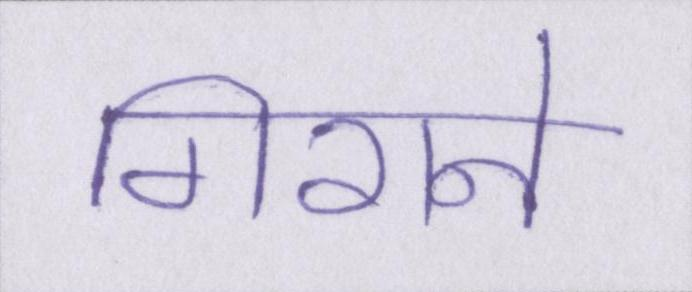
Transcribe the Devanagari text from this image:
गिराने